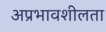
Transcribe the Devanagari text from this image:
अप्रभावशीलता